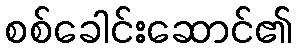
စစ်ခေါင်းဆောင်၏